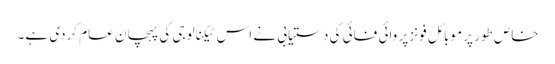
خاص طور پر موبائل فونز پر وائی فائی کی دستیابی نے اس ٹیکنالوجی کی پہچان عام کردی ہے۔